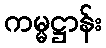
ကမ္မဋ္ဌာန်း